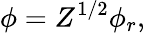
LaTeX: \phi=Z^{1/2}\phi_{r},